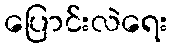
ပြောင်းလဲရေး